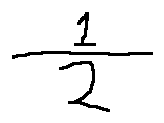
\frac { 1 } { 2 }